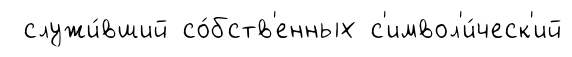
служи́вший со́бств'енных с'имвол'и́ческ'ий